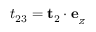
t _ { 2 3 } = \mathbf { t } _ { 2 } \cdot \mathbf { e } _ { _ Z }